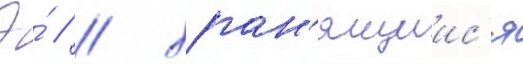
Э́ // / хран'ящиис'я